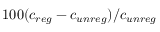
1 0 0 ( c _ { r e g } - c _ { u n r e g } ) / c _ { u n r e g }